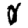
Digit: 0